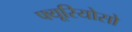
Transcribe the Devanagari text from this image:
फ्यूरियोसो